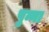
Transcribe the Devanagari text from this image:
पुन्ना